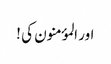
اور المؤمنون کی !